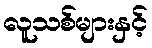
လူသစ်များနှင့်